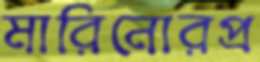
মারিনোরপ্র